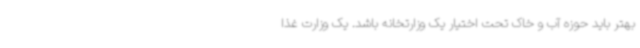
بهتر باید حوزه آب و خاک تحت اختیار یک وزارتخانه باشد. یک وزارت غذا